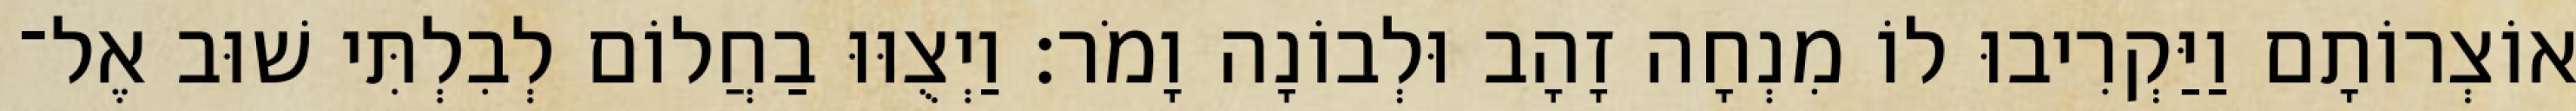
אוֹצְרוֹתָם וַיַּקְרִיבוּ לוֹ מִנְחָה זָהָב וּלְבוֹנָה וָמֹר׃ וַיְצֻוּוּ בַחֲלוֹם לְבִלְתִּי שׁוּב אֶל־